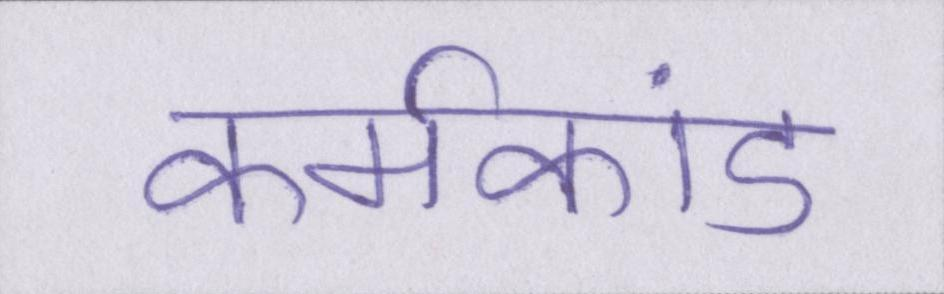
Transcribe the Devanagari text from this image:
कर्मकांड